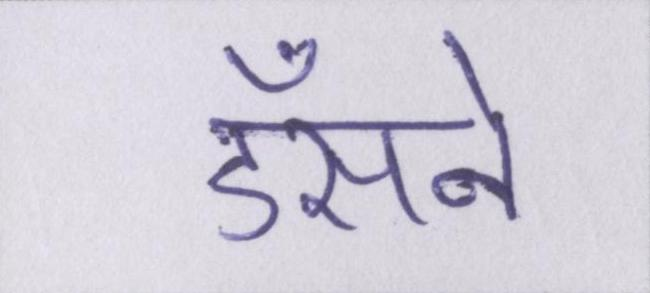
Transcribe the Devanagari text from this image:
डँसने